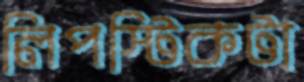
লিপস্টিকটা